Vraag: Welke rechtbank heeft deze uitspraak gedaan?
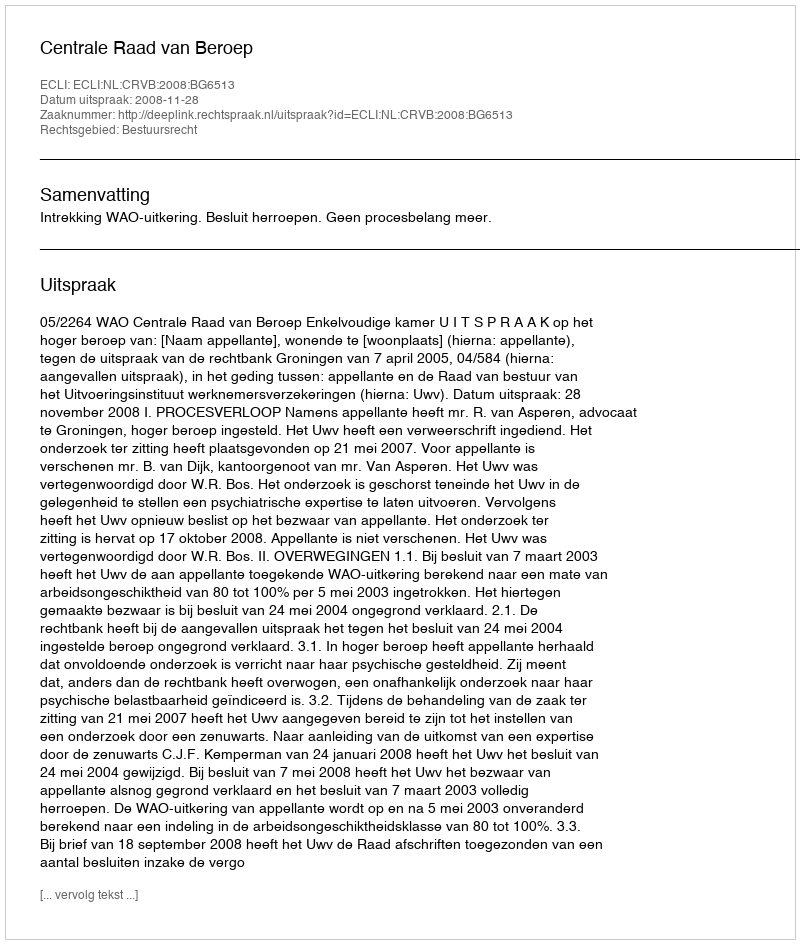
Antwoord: Centrale Raad van Beroep